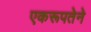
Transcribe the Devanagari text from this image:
एकरूपतेने